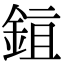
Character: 𬫖